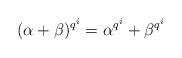
LaTeX: \begin{align*}(\alpha+\beta)^{q^i}=\alpha^{q^i}+\beta^{q^i}\end{align*}